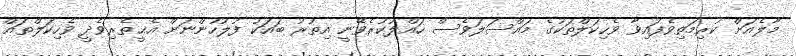
މާލެއަށް ކުރިމަތިވެފައިވާ ވެހިކަލްތަކުގެ މައްސަލަވެސް ހައްލުކުރެވޭނީ އިތުރު ބައަކު ފުލުހުންނަށް އެޙީތެރިވެދީ ވެހިކަލްތައް